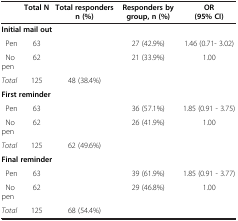
<table><thead><tr><td><b> </b></td><td><b>Total N</b></td><td><b>Total responders n (%)</b></td><td><b>Responders by group, n (%)</b></td><td><b>OR (95% CI)</b></td></tr></thead><tbody><tr><td colspan="5"><b>Initial mail out</b></td></tr><tr><td> Pen</td><td>63</td><td> </td><td>27 (42.9%)</td><td>1.46 (0.71- 3.02)</td></tr><tr><td> No pen</td><td>62</td><td> </td><td>21 (33.9%)</td><td>1.00</td></tr><tr><td><i>Total</i></td><td>125</td><td>48 (38.4%)</td><td> </td><td> </td></tr><tr><td colspan="5"><b>First reminder</b></td></tr><tr><td> Pen</td><td>63</td><td> </td><td>36 (57.1%)</td><td>1.85 (0.91 - 3.75)</td></tr><tr><td> No pen</td><td>62</td><td> </td><td>26 (41.9%)</td><td>1.00</td></tr><tr><td><i>Total</i></td><td>125</td><td>62 (49.6%)</td><td> </td><td> </td></tr><tr><td colspan="5"><b>Final reminder</b></td></tr><tr><td> Pen</td><td>63</td><td> </td><td>39 (61.9%)</td><td>1.85 (0.91 - 3.77)</td></tr><tr><td> No pen</td><td>62</td><td> </td><td>29 (46.8%)</td><td>1.00</td></tr><tr><td><i>Total</i></td><td>125</td><td>68 (54.4%)</td><td> </td><td> </td></tr></tbody></table>